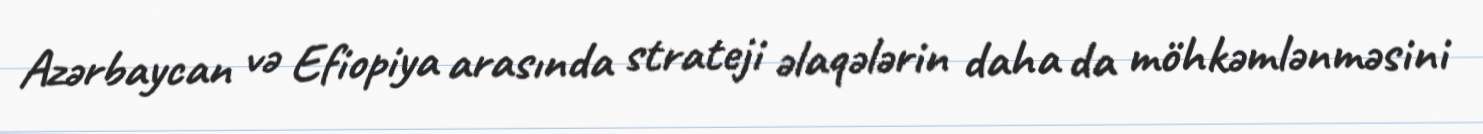
Azərbaycan və Efiopiya arasında strateji əlaqələrin daha da möhkəmlənməsini